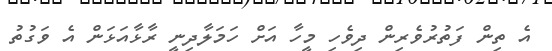
އެ ތިން ފަތުރުވެރިން ދިވެހި މީހާ އަށް ހަމަލާދިނީ ރާޅާއަޅަން އެ ވަގުތު